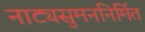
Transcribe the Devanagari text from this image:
नाट्यसुमननिर्मित